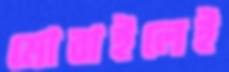
মোবাইলেই